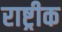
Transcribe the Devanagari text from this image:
राष्ट्रीक